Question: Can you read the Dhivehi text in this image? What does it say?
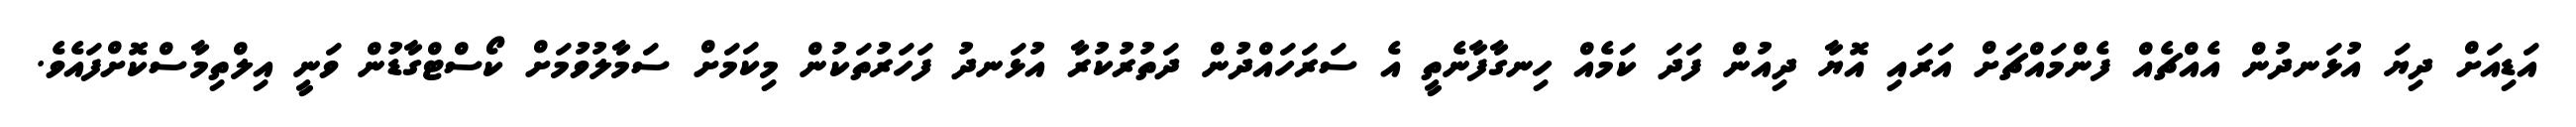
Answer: އަޑިއަށް ދިޔަ އުޅަނދުން އެއްޗެއް ފެންމައްޗަށް އަރައި އޮޔާ ދިއުން ފަދަ ކަމެއް ހިނގާފާނެތީ އެ ސަރަހައްދުން ދަތުރުކުރާ އުޅަނދު ފަހަރުތަކުން މިކަމަށް ސަމާލުވުމަށް ކޯސްޓްގާޑުން ވަނީ އިލްތިމާސްކޮށްފައެވެ.